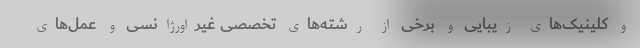
و کلینیک‌های زیبایی و برخی از رشته‌های تخصصی غیراورژانسی و عمل‌های